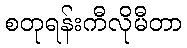
စတုရန်းကီလိုမီတာ